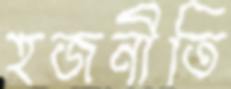
হজনীতি